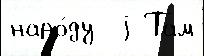
наро́ду  j Там